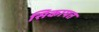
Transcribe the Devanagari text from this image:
सिकायत